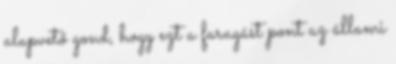
alapvető gond, hogy ezt a faragást pont az állami